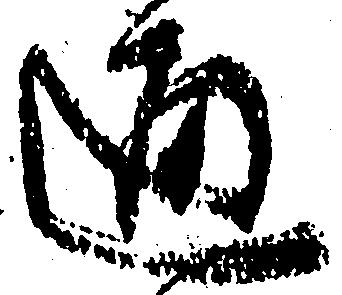
通